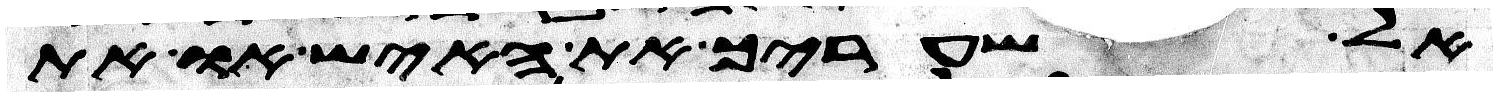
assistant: אל שעריך את האיש או את